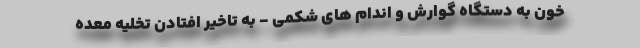
خون به دستگاه گوارش و اندام های شکمی - به تاخیر افتادن تخلیه معده